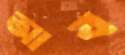
আব